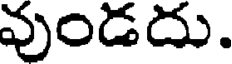
వుండదు.